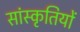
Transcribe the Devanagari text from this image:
सांस्कृतियों